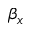
\beta _ { x }